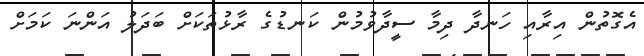
އެގޮތުން އިރާއި ހަނދާ ދިމާ ސީދާވުމުން ކަނޑުގެ ރާޅުތަކަށް ބަދަލު އަންނަ ކަމަށް